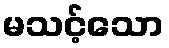
မသင့်သော